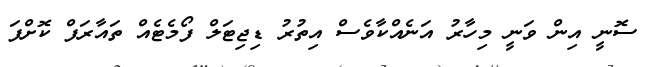
ސޮނީ އިން ވަނީ މިހާރު އަނެއްކާވެސް އިތުރު ޑިޖިޓަލް ފޯމެޓެއް ތައާރަފް ކޮށްފަ